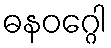
ဓနဝဂ္ဂေါ